Annual report on the Civil Veterinary Department, Burma (including the Insein Veterinary School) - 1923-1931
Year: 1923
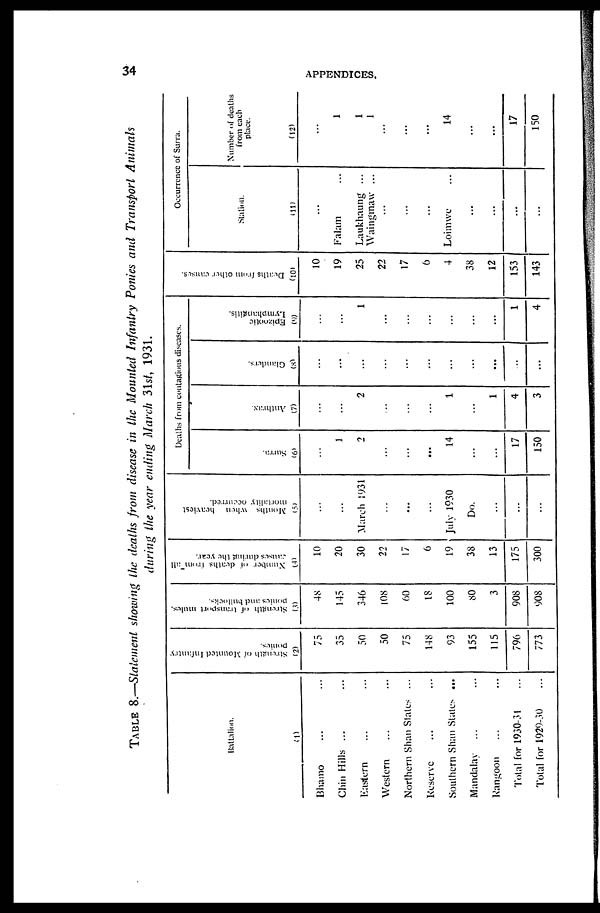
34
APPENDICES.
TABLE 8.—Statement showing the deaths from disease in the Mounted Infantry Ponies and Transport Animals
during the year ending March 31st, 1931.
Battalion.
(1)
Bhamo ... ...
Chin Hills ... ...
Eastern ... ...
Western ... ...
Northern Shan Slates ...
Reserve ... ...
Southern Shan States ...
Mandalay ... ...
Rangoon ... ...
Total for 1930-31 ...
Total for 1920-30 ...
Strength
of Mounted Infantry
ponies.
(2)
75
35
50
50
75
148
93
155
115
796
773
Strength of transport mules.
ponies and bullocks.
(3)
48
145
346
108
60
18
100
80
3
908
908
Number
of deaths from all
causes during the year.
(4)
10
20
30
22
17
6
19
38
13
175
300
Months when heaviest
mortality occurred.
(5)
...
...
March 1931
...
...
...
July 1930
Do.
...
...
...
Deaths from contagions diseases.
Surra.
(6)
...
1
2
...
...
...
14
...
...
17
150
Anthrax.
(7)
...
...
2
...
...
...
1
...
1
4
3
Glanders.
(8)
...
...
...
...
...
...
...
...
...
...
Epizootic
Lymphangitis.
(9)
...
...
1
...
...
...
...
...
...
1
4
Deaths from other causes.
(10)
10
19
25
22
17
6
4
38
12
153
143
Occurrence of Surra.
Station.
(11)
...
Falam ...
Laukhaung ...
Waingmaw ...
...
...
...
Loimwe ...
...
...
...
...
Number of deaths
from each
place.
(12)
...
1
1
1
...
...
...
14
...
...
17
150